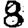
Digit: 8